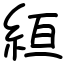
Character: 絙